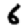
Digit: 6